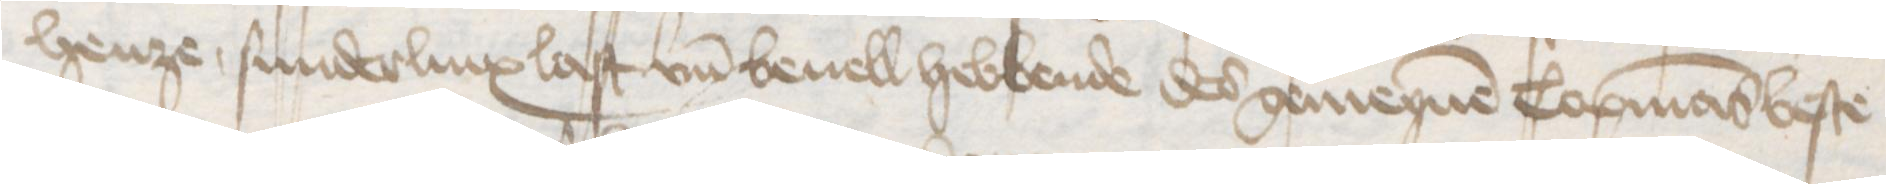
henze sunderlinx last un̄d beuell hebbende des gemeynen Copmans beste